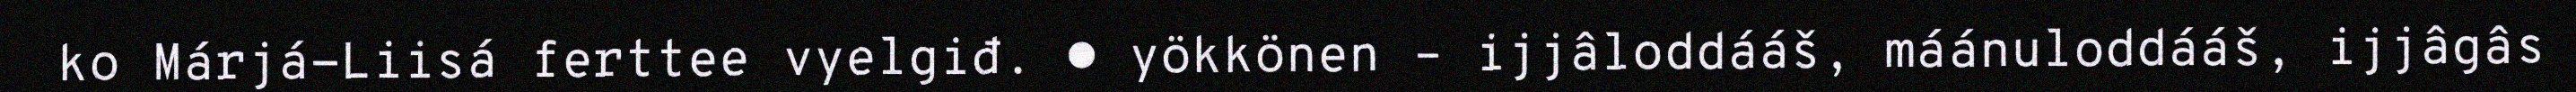
ko Márjá-Liisá ferttee vyelgiđ. ● yökkönen – ijjâloddááš, máánuloddááš, ijjâgâs